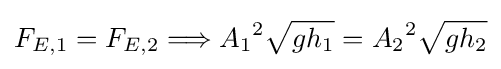
F_{E,1}=F_{E,2}\Longrightarrow {A_{1}}^{2}{\sqrt {gh_{1}}}={A_{2}}^{2}{\sqrt {gh_{2}}}